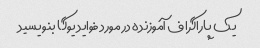
یک پاراگراف آموزنده در مورد فواید یوگا بنویسید